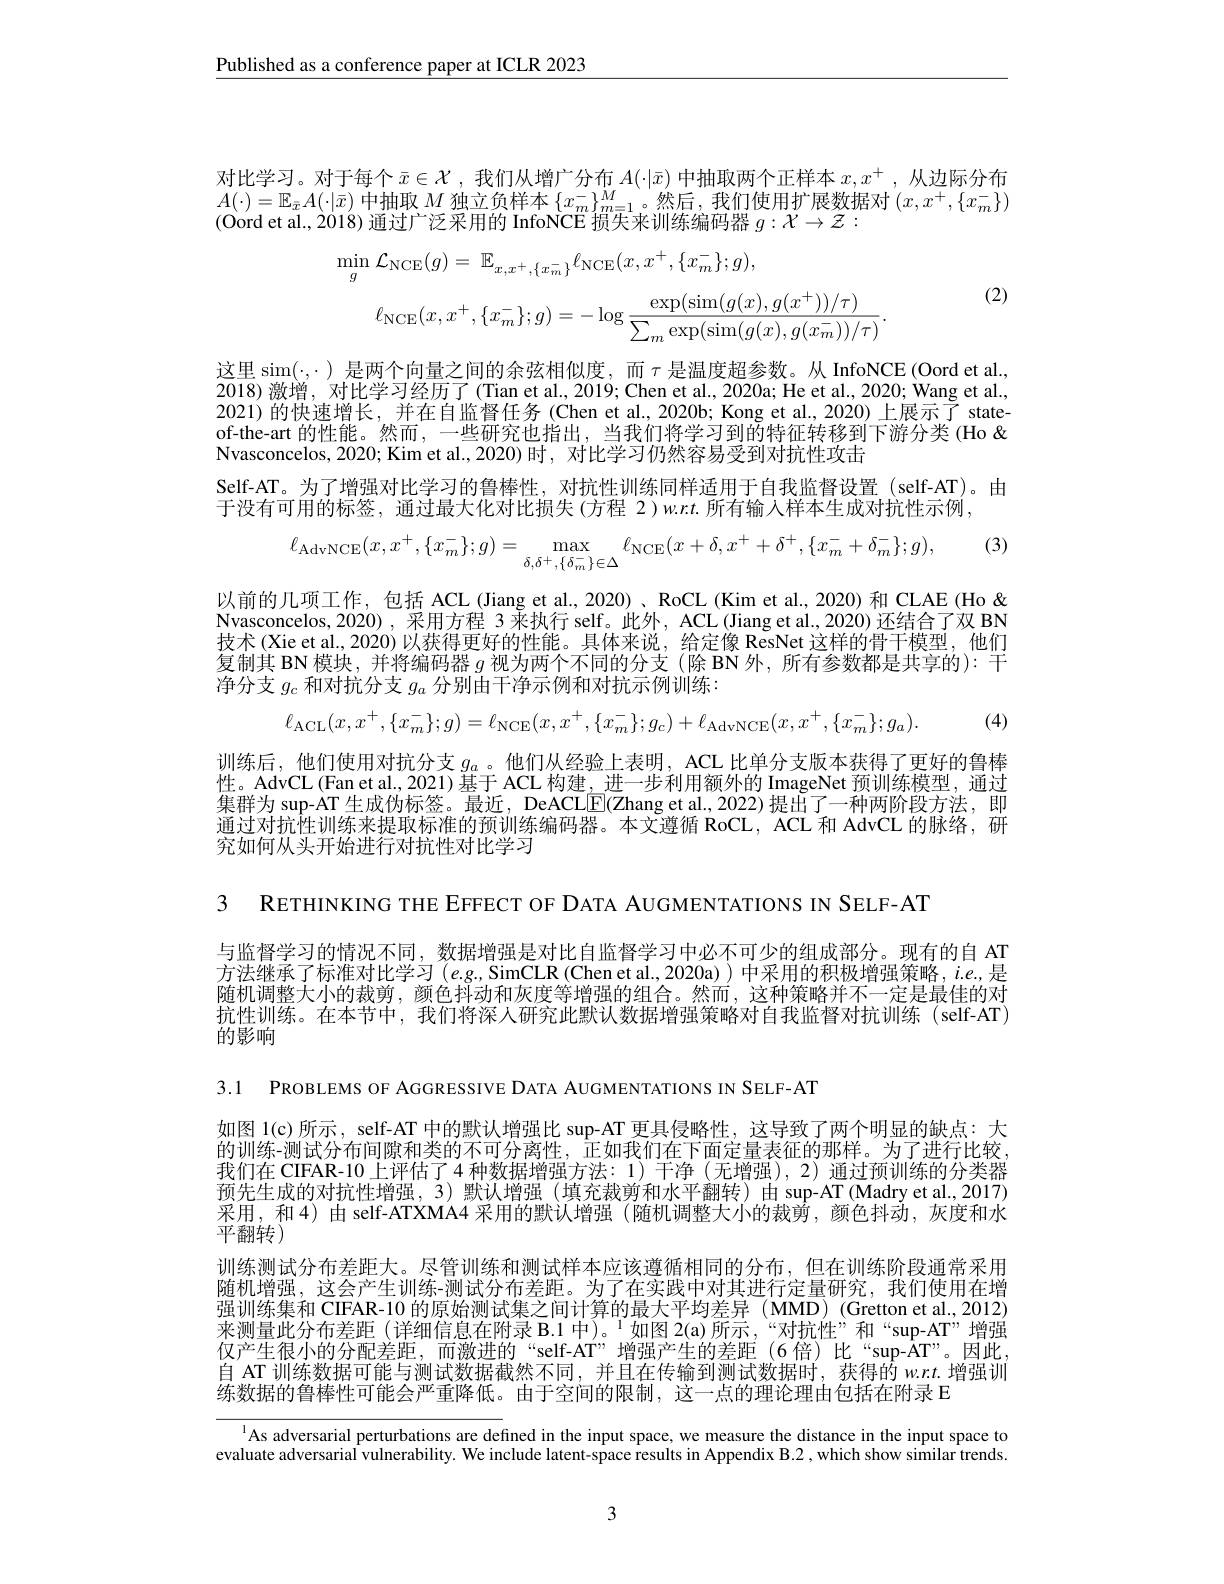
$\underline{\text{Published as a conference paper at ICLR 2023}}$

对比学习。对于每个$\bar{x}\in\mathcal{X}$ ,我们从增广分布$A(\cdot|\bar{x})$中抽取两个正样本$x,x^+$,从边际分布$A(\cdot)=\mathbb{E}_{\bar{x}}A(\cdot|\bar{x})$中抽取$M$独立负样本$\{x_m^-\}_m=1^M$。然后，我们使用扩展数据对$(x,x^+,\{x_m^-\}$ (Oord et al., 2018) 通过广泛采用的 InfoNCE 损失来训练编码器$g:\mathcal{X}\to\mathcal{Z}:$
$$\begin{aligned}\operatorname*{min}_{g}\mathcal{L}_{\mathrm{NCE}}(g)&=\:\mathbb{E}_{x,x^{+},\{x_{m}^{-}\}}\ell_{\mathrm{NCE}}(x,x^{+},\{x_{m}^{-}\};g),\\\ell_{\mathrm{NCE}}(x,x^{+},\{x_{m}^{-}\};g)&=-\log\frac{\exp(\sin(g(x),g(x^{+}))/\tau)}{\sum_{m}\exp(\sin(g(x),g(x_{m}^{-}))/\tau)}.\end{aligned}$$
(2)

这里 sim$(\cdot,\cdot)$是两个向量之间的余弦相似度，而$\tau$是温度超参数。从 InfoNCE (Oord et al, 2018)激增，对比学习经历了(Tian et al., 2019; Chen et al., 2020a; He et al.. 2020; Wang et al., 2021)的快速增长，并在自监督任务 (Chen et al., 2020b; Kong et al., 2020) 上展示了 stateof-the-art 的性能。然而，一些研究也指出，当我们将学习到的特征转移到下游分类(Ho& Nvasconcelos, 2020; Kim et al.,2020)时，对比学习仍然容易受到对抗性攻击
Self-AT。为了增强对比学习的鲁棒性，对抗性训练同样适用于自我监督设置 (self-AT)。由
于没有可用的标签，通过最大化对比损失(方程 2)$w.r.t.$所有输入样本生成对抗性示例，
$$\ell_{\mathrm{AdvNCE}}(x,x^+,\{x_m^-\};g)=\max_{\delta,\delta^+,\{\delta_m^-\}\in\Delta}\ell_{\mathrm{NCE}}(x+\delta,x^++\delta^+,\{x_m^-+\delta_m^-\};g),$$
以前的几项工作，包括 ACL (Jiang et al., 2020)、RoCL (Kim et al., 2020)和 CLAE (Ho& Nvasconcelos,2020),采用方程 3来执行 self。此外，ACL (Jiang et al., 2020) 还结合了双 BN 技术 (Xie et al., 2020) 以获得更好的性能。具体来说，给定像 ResNet 这样的骨干模型，他们复制其 BN 模块，并将编码器$g$视为两个不同的分支 (除 BN 外，所有参数都是共享的): 干净分支$g_c$和对抗分支$g_a$分别由干净示例和对抗示例训练：
$$\ell_{\mathrm{ACL}}(x,x^+,\{x_m^-\};g)=\ell_{\mathrm{NCE}}(x,x^+,\{x_m^-\};g_c)+\ell_{\mathrm{AdvNCE}}(x,x^+,\{x_m^-\};g_a).$$
(4)

训练后，他们使用对抗分支$g_a$ 。他们从经验上表明，ACL 比单分支版本获得了更好的鲁棒性。AdvCL (Fan et al., 2021) 基于 ACL 构建，进一步利用额外的 ImageNet 预训练模型，通过集群为 sup-AT 生成伪标签。最近，DeACLE(Zhang et al.,2022)提出了一种两阶段方法，即通过对抗性训练来提取标准的预训练编码器。本文遵循 RoCL, ACL 和 AdvCL 的脉络，研究如何从头开始进行对抗性对比学习

3 RETHINKING THE EFFECT OF DATA AUGMENTATIONS IN SELF-AT

与监督学习的情况不同，数据增强是对比自监督学习中必不可少的组成部分。现有的自 AT 方法继承了标准对比学习$(e.g.$ SimCLR (Chen et al.,2020a) ) 中采用的积极增强策略，$i.e.$是随机调整大小的裁剪，颜色抖动和灰度等增强的组合。然而，这种策略并不一定是最佳的对抗性训练。在本节中，我们将深人研究此默认数据增强策略对自我监督对抗训练(self-AT) 的影响

3.1 PROBLEMS OF AGGRESSIVE DATA AUGMENTATIONS IN SELF-AT

如图 1(c)所示，self-AT 中的默认增强比 sup-AT 更具侵略性，这导致了两个明显的缺点：大的训练-测试分布间隙和类的不可分离性，正如我们在下面定量表征的那样。为了进行比较我们在 CIFAR-10 上评估了4 种数据增强方法：1) 干净 (无增强),2) 通过预训练的分类器预先生成的对抗性增强，3)默认增强(填充裁剪和水平翻转)由 sup-AT(Madry et al.,2017) 采用，和4)由 self-ATXMA4 采用的默认增强(随机调整大小的裁剪，颜色抖动，灰度和水平翻转)
训练测试分布差距大。尽管训练和测试样本应该遵循相同的分布，但在训练阶段通常采用随机增强，这会产生训练-测试分布差距。为了在实践中对其进行定量研究，我们使用在增强训练集和 CIFAR-10 的原始测试集之间计算的最大平均差异(MMD)(Gretton et al., 2012) 来测量此分布差距 (详细信息在附录 B.1 中)。$^{1}$如图 2(a)所示，“对抗性”和“sup-AT”增强仅产生很小的分配差距，而激进的“self-AT”增强产生的差距(6倍)比“sup-ÂT”。因此， 自 AT 训练数据可能与测试数据截然不同，并且在传输到测试数据时，获得的 w.r.t.增强训练数据的鲁棒性可能会严重降低。由于空间的限制，这一点的理论理由包括在附录 E

As adversarial perturbations are defined in the input space, we measure the distance in the input space to

evaluate adversarial vulnerability. We include latent-space results in Appendix B.2, which show similar trends.

3